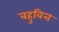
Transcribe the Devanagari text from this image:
बहुवित्त